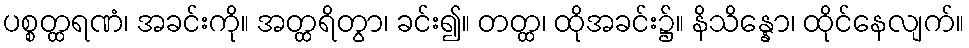
ပစ္စတ္ထရဏံ၊ အခင်းကို။ အတ္ထရိတွာ၊ ခင်း၍။ တတ္ထ၊ ထိုအခင်း၌။ နိသိန္နော၊ ထိုင်နေလျက်။